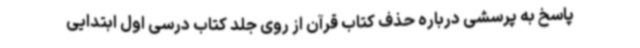
پاسخ به پرسشی درباره حذف کتاب قرآن از روی جلد کتاب درسی اول ابتدایی